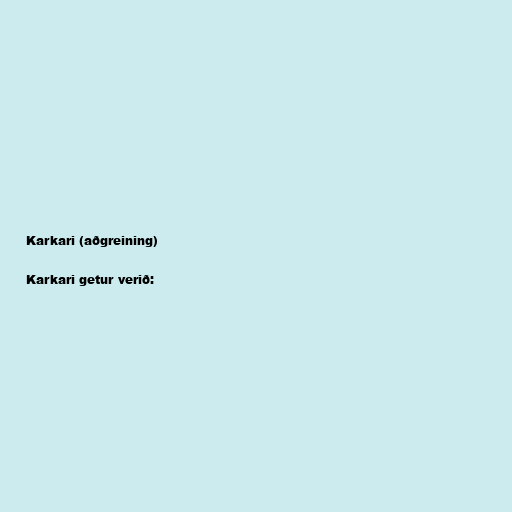
Karkari (aðgreining)

Karkari getur verið: